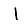
Digit: 1